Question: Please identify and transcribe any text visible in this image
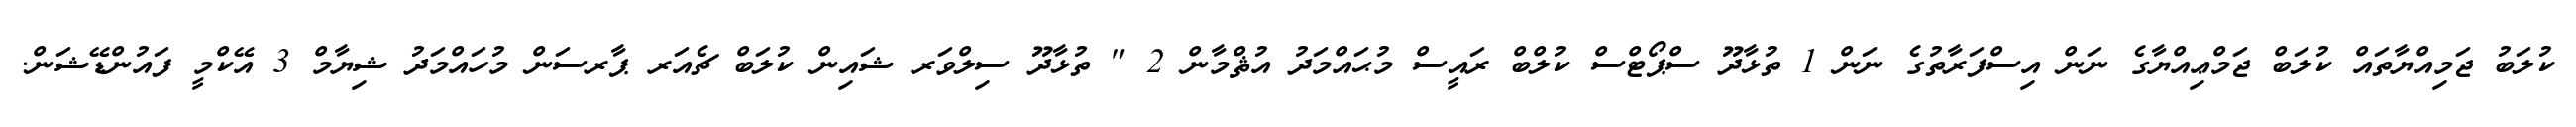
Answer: ކުލަބު ޖަމިއްޔާތައް ކުލަބް ޖަމްޢިއްޔާގެ ނަން އިސްފަރާތުގެ ނަން 1 ތުޅާދޫ ސްޕޯޓްސް ކުލްބް ރައީސް މުޙައްމަދު އުޘްމާން 2 " ތުޅާދޫ ސިލްވަރ ޝައިން ކުލަބް ޗެއަރ ޕާރސަން މުހައްމަދު ޝިޔާމް 3 އޭކްމީ ފައުންޑޭޝަން.